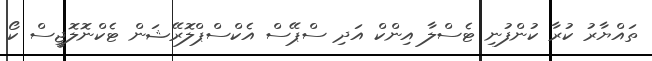
ތައްޔާރު ކުރާ ކުންފުނި ޓެސްލާ އިންކް އަދި ސްޕޭސް އެކްސްޕްލޮރޭޝަން ޓެކްނޮލޮޖީސް ކޯ